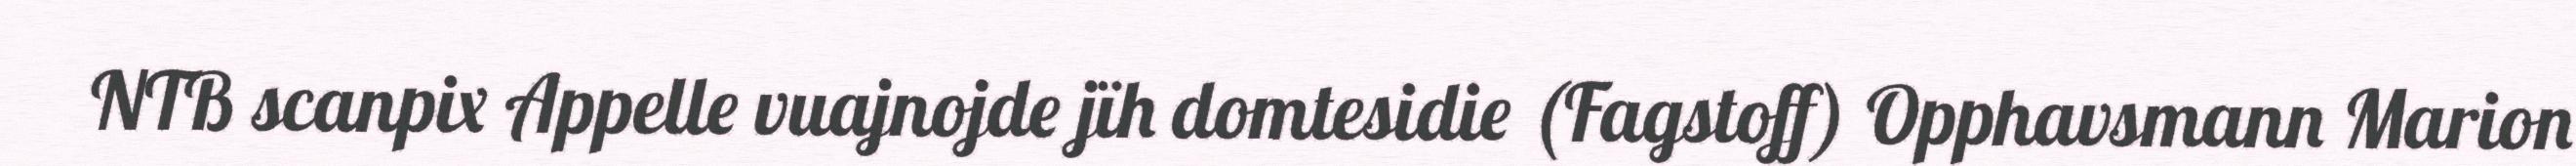
NTB scanpix Appelle vuajnojde jïh domtesidie (Fagstoff) Opphavsmann Marion